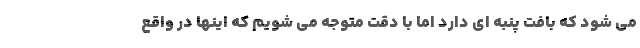
می شود که بافت پنبه ای دارد اما با دقت متوجه می شویم که اینها در واقع